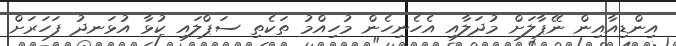
އިންޑިއާއިން ނޭޕާލަށް މުދަލާއި އެހެނިހެން މުހިއްމު ތަކެތި ސަޕްލައި ކުޅާ އުޅަނދު ފަހަރަށް